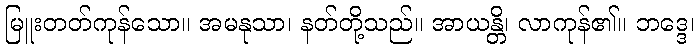
မြူးတတ်ကုန်သော။ အမနုသာ၊ နတ်တို့သည်။ အာယန္တိ၊ လာကုန်၏။ ဘဒ္ဒေ၊